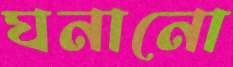
ঘনানো